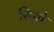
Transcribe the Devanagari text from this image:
सिधो